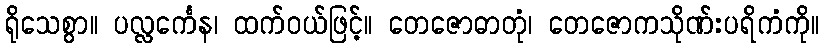
ရိုသေစွာ။ ပလ္လင်္ကေန၊ ထက်ဝယ်ဖြင့်။ တေဇောဓာတုံ၊ တေဇောကသိုဏ်းပရိကံကို။